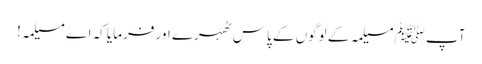
آپﷺ مسیلمہ کے لوگوں کے پاس ٹھہرے اور فرمایا کہ اے مسیلمہ!